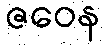
ဇဝေန